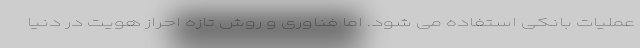
عملیات بانکی استفاده می شود. اما فناوری و روش تازه احراز هویت در دنیا